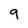
Character: 9